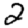
Digit: 2